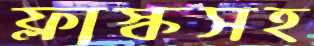
ফ্লাস্কসহ